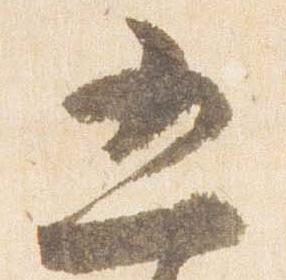
五